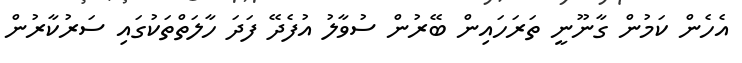
އެހެން ކަމުން ގާނޫނީ ތަރަހައިން ބޭރުން ސުވާލު އުފެދޭ ފަދަ ހާލަތްތަކުގައި ސަރުކާރުން